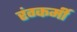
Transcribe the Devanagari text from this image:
रंग्कर्मी